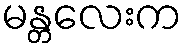
မန္တလေးက